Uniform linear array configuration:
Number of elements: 4
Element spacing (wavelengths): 0.25
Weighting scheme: blackman
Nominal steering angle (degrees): -45
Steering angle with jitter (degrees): -45.684
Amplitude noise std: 0.05
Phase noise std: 0.05

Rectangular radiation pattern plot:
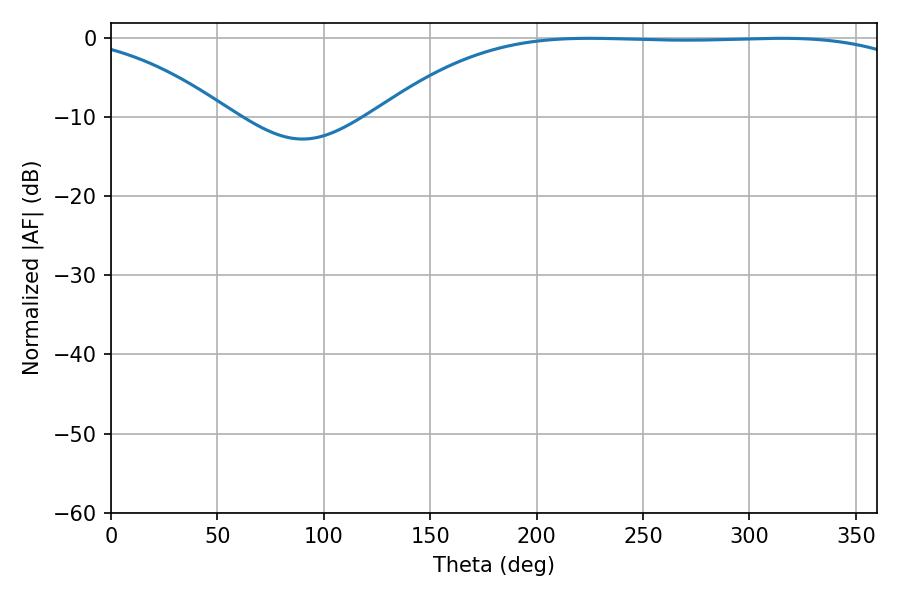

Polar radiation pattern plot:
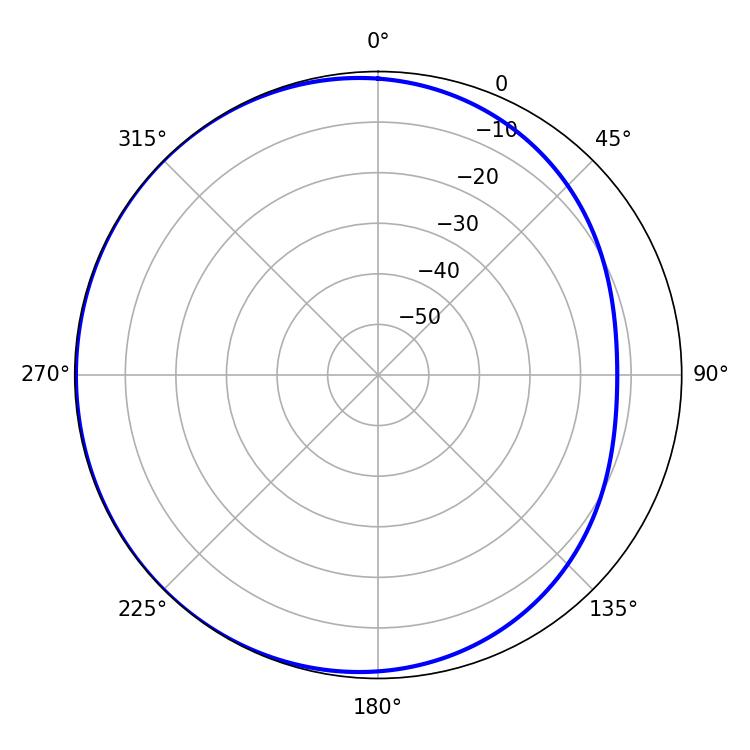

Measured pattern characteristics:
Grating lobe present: FALSE
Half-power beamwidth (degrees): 196.92
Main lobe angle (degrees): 225